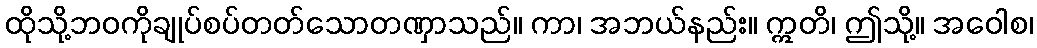
ထိုသို့ဘဝကိုချုပ်စပ်တတ်သောတဏှာသည်။ ကာ၊ အဘယ်နည်း။ ဣတိ၊ ဤသို့။ အဝေါစ၊